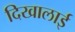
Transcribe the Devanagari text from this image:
दिखालाई